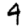
Digit: 4